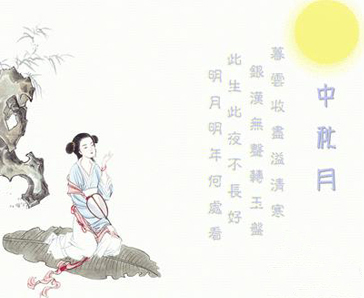
此生此夜不长好，明月明年何处看。